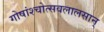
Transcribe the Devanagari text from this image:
गोषांश्चोत्सवलालसान्‌